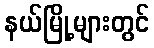
နယ်မြို့များတွင်